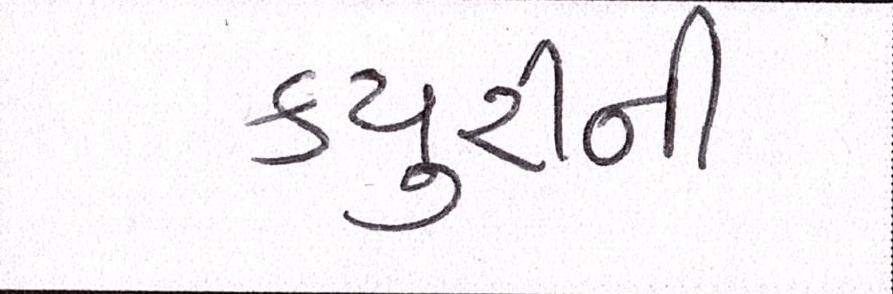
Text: ક્યુરીની